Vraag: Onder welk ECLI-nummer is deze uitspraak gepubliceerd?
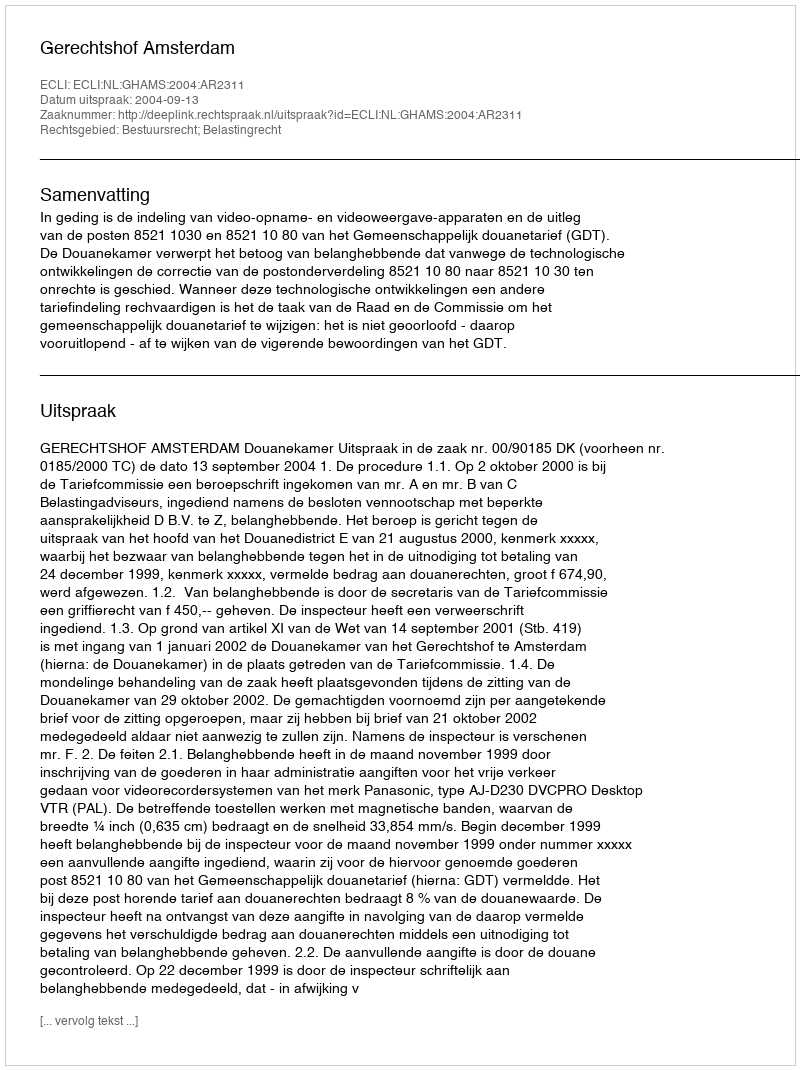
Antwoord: ECLI:NL:GHAMS:2004:AR2311